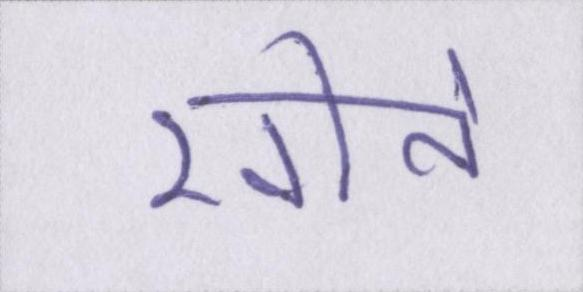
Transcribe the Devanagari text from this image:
खोने